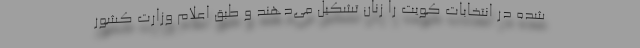
شده در انتخابات کویت را زنان تشکیل می‌دهند و طبق اعلام وزارت کشور